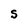
Character: S